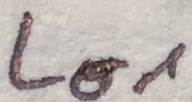
Text: LO1